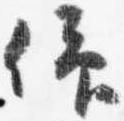
仰